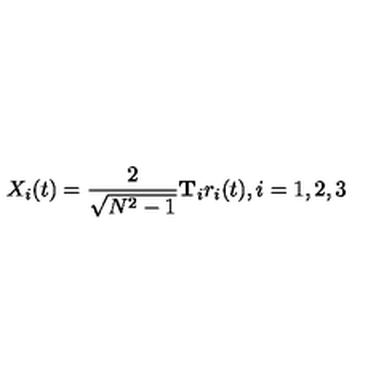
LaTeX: X _ { i } ( t ) = \frac { 2 } { \sqrt { N ^ { 2 } - 1 } } \mathbf { T } _ { i } r _ { i } ( t ) , i = 1 , 2 , 3